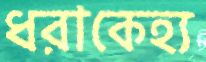
ধরাকেহ্য